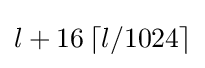
l+16\left\lceil l/1024\right\rceil